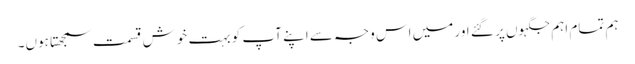
ہم تمام اہم جگہوں پر گئے اور میں اس وجہ سے اپنے آپ کو بہت خوش قسمت سمجھتا ہوں۔